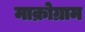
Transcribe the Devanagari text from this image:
माक्रोग्राम